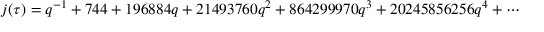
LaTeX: j ( \tau ) = q ^ { - 1 } + 7 4 4 + 1 9 6 8 8 4 q + 2 1 4 9 3 7 6 0 q ^ { 2 } + 8 6 4 2 9 9 9 7 0 q ^ { 3 } + 2 0 2 4 5 8 5 6 2 5 6 q ^ { 4 } + \cdots